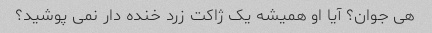
هی جوان؟ آیا او همیشه یک ژاکت زرد خنده دار نمی پوشید؟